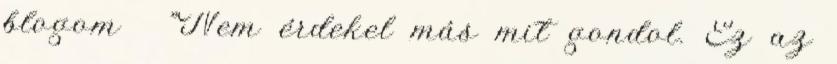
blogom ♥ "Nem érdekel más mit gondol. Ez az